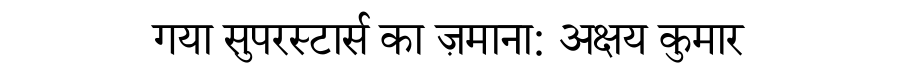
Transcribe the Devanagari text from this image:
गया सुपरस्टार्स का ज़माना: अक्षय कुमार